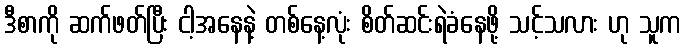
ဒီစာကို ဆက်ဖတ်ပြီး ငါ့အနေနဲ့ တစ်နေ့လုံး စိတ်ဆင်းရဲခံနေဖို့ သင့်သလား ဟု သူက